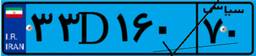
۵۸D۵۸۷۳۴